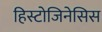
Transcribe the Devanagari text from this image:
हिस्टोजिनेसिस